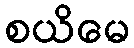
စယိမေ